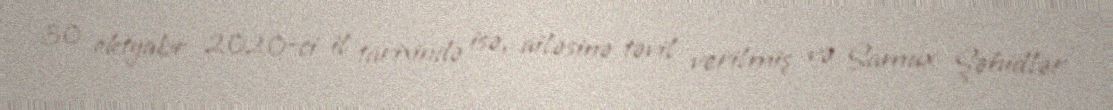
30 oktyabr 2020-ci il tarixində isə, ailəsinə təvil verilmiş və Samux Şəhidlər